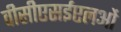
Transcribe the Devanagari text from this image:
वीसीएसईएलओं